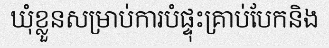
ឃុំខ្លួនសម្រាប់ការបំផ្ទុះគ្រាប់បែកនិង